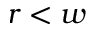
r < w